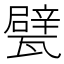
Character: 甓